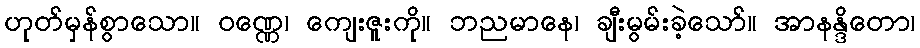
ဟုတ်မှန်စွာသော။ ဝဏ္ဏေ၊ ကျေးဇူးကို။ ဘညမာနေ၊ ချီးမွမ်းခဲ့သော်။ အာနန္ဒိတော၊